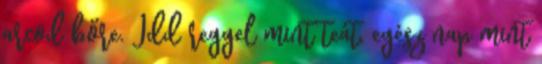
arcod bőre. Idd reggel mint teát, egész nap mint